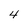
Character: 4